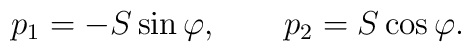
p_1 = -S\sin \varphi, \qquad p_2 = S \cos \varphi.